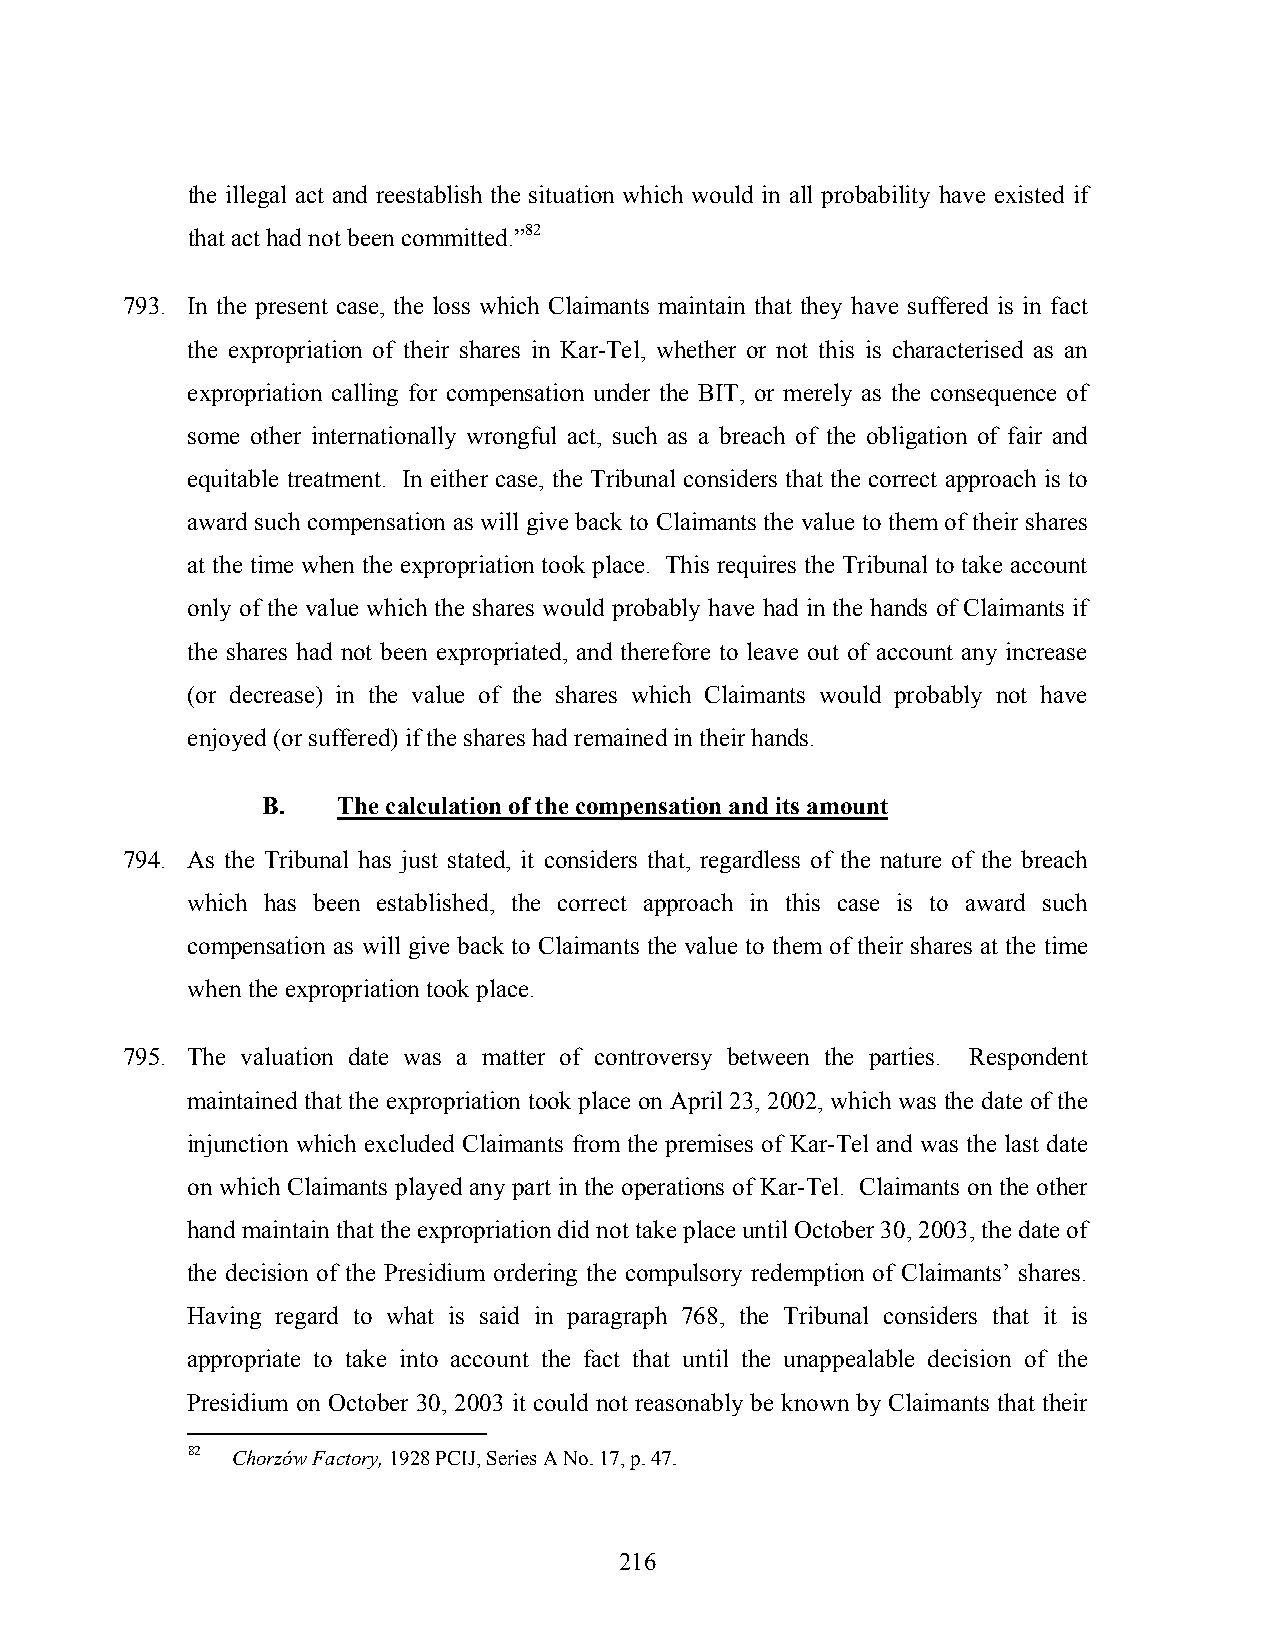
the illegal act and reestablish the situation which would in all probability have existed if
 that act had not been committed.”82
 793. In the present case, the loss which Claimants maintain that they have suffered is in fact
 the expropriation of their shares in Kar-Tel, whether or not this is characterised as an
 expropriation calling for compensation under the BIT, or merely as the consequence of
 some other internationally wrongful act, such as a breach of the obligation of fair and
 equitable treatment. In either case, the Tribunal considers that the correct approach is to
 award such compensation as will give back to Claimants the value to them of their shares
 at the time when the expropriation took place. This requires the Tribunal to take account
 only of the value which the shares would probably have had in the hands of Claimants if
 the shares had not been expropriated, and therefore to leave out of account any increase
 (or decrease) in the value of the shares which Claimants would probably not have
 enjoyed (or suffered) if the shares had remained in their hands.
 B.   The calculation of the compensation and its amount
 794. As the Tribunal has just stated, it considers that, regardless of the nature of the breach
 which has been established, the correct approach in this case is to award such
 compensation as will give back to Claimants the value to them of their shares at the time
 when the expropriation took place.
 795. The valuation date was a matter of controversy between the parties. Respondent
 maintained that the expropriation took place on April 23, 2002, which was the date of the
 injunction which excluded Claimants from the premises of Kar-Tel and was the last date
 on which Claimants played any part in the operations of Kar-Tel. Claimants on the other
 hand maintain that the expropriation did not take place until October 30, 2003, the date of
 the decision of the Presidium ordering the compulsory redemption of Claimants’ shares.
 Having regard to what is said in paragraph 768, the Tribunal considers that it is
 appropriate to take into account the fact that until the unappealable decision of the
 Presidium on October 30, 2003 it could not reasonably be known by Claimants that their
 82 Chorzów Factory, 1928 PCIJ, Series A No. 17, p. 47.
 216